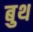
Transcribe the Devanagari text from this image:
बुथ